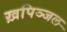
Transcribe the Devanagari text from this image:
ख़पिञ्जल